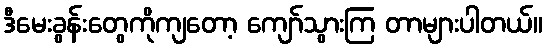
ဒီမေးခွန်းတွေကိုကျတော့ ကျော်သွားကြ တာများပါတယ်။